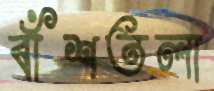
বাঁশতলা